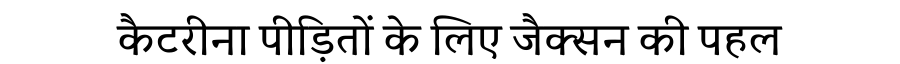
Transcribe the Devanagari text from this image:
कैटरीना पीड़ितों के लिए जैक्सन की पहल